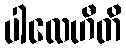
ပါလေဟီတိ